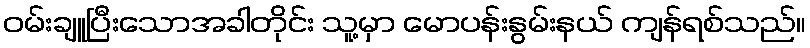
ဝမ်းချူပြီးသောအခါတိုင်း သူ့မှာ မောပန်းနွမ်းနယ် ကျန်ရစ်သည်။